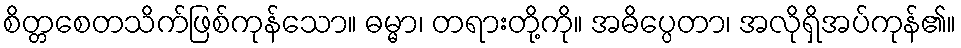
စိတ္တစေတသိက်ဖြစ်ကုန်သော။ ဓမ္မာ၊ တရားတို့ကို။ အဓိပ္ပေတာ၊ အလိုရှိအပ်ကုန်၏။